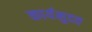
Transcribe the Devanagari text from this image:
कार्यमुदत